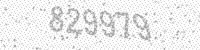
Solution: 829979